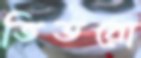
ভিতরো